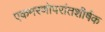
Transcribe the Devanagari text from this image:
एकमरणोपरांतशीर्षक